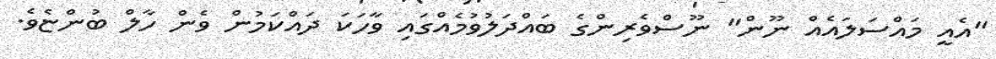
"އެއީ މައްސަލައެއް ނޫން" ނޫސްވެރިންގެ ބައްދަލުވުމެއްގައި ވާހަކަ ދައްކަމުން ވެން ހާލް ބުންޏެވެ.